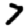
Digit: 7